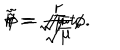
\tilde { t } = \sqrt { \mu } ~ t , \hspace { 1 0 m m } \tilde { r } = \frac { r } { \sqrt { \mu } } , \hspace { 1 0 m m } \tilde { \phi } = \sqrt { \mu } ~ \phi .